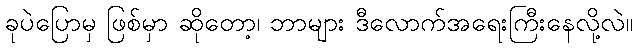
ခုပဲပြောမှ ဖြစ်မှာ ဆိုတော့၊ ဘာများ ဒီလောက်အရေးကြီးနေလို့လဲ။